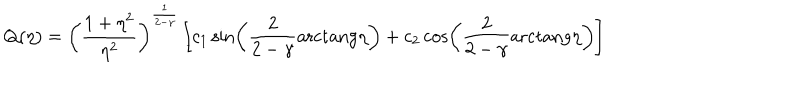
LaTeX: Q ( \eta ) = \left( { \frac { 1 + \eta ^ { 2 } } { \eta ^ { 2 } } } \right) ^ { \frac { 1 } { 2 - \gamma } } \left[ c _ { 1 } \sin \left( { \frac { 2 } { 2 - \gamma } } \mathrm { { a r c t a n g } } \eta \right) + c _ { 2 } \cos \left( { \frac { 2 } { 2 - \gamma } } { \mathrm { a r c t a n g } } \eta \right) \right]